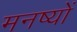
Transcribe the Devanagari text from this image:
मनष्यों